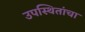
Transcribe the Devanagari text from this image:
उपस्थितांचा